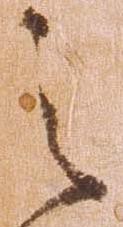
之